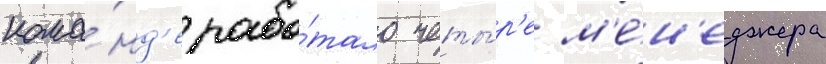
кома́нд'е рабо́тало четы́р'е м'е́н'еджера